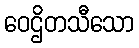
ဝေဌိတသီသော